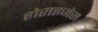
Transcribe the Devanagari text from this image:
होराइजंस